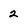
Character: 2